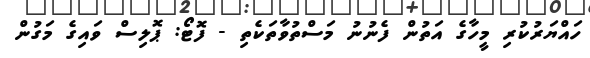
ހައްޔަރުކުރި މީހާގެ އަތުން ފެނުނު މަސްތުވާތަކެތި - ފޮޓޯ: ޕޮލިސް ވައިގެ މަގުން